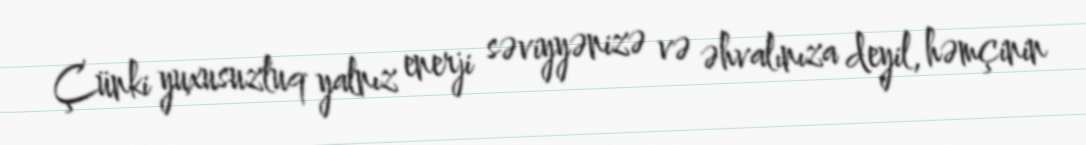
Çünki yuxusuzluq yalnız enerji səviyyənizə və əhvalınıza deyil, həmçinin